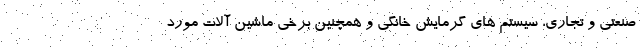
صنعتی و تجاری، سیستم های گرمایش خانگی و همچنین برخی ماشین آلات مورد